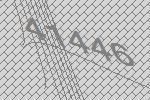
41446